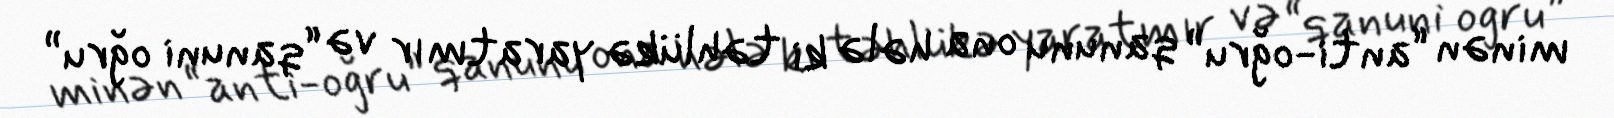
minən “anti-oğru” qanunu ona hələ ki təhlükə yaratmır və “qanuni oğru”